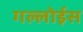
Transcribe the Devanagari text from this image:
गल्लोईस